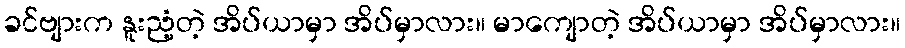
ခင်ဗျားက နူးညံ့တဲ့ အိပ်ယာမှာ အိပ်မှာလား။ မာကျောတဲ့ အိပ်ယာမှာ အိပ်မှာလား။